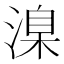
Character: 㴪